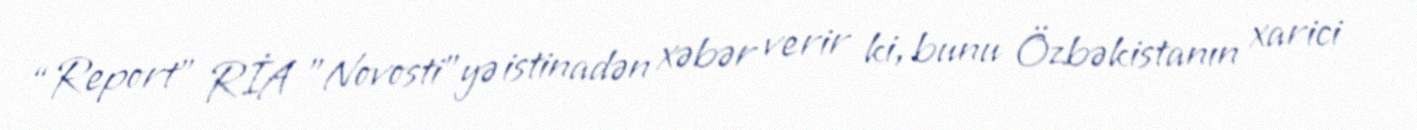
“Report” RİA "Novosti”yə istinadən xəbər verir ki, bunu Özbəkistanın xarici